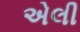
એલી